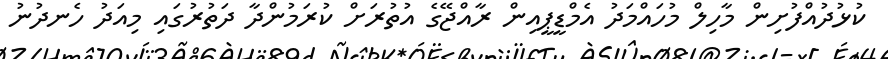
ކުޅުދުއްފުށިން މާހިލް މުހައްމަދު އެމްޑީޕީއިން ރާއްޖޭގެ އުތުރަށް ކުރަމުންދާ ދަތުރުގައި މިއަދު ހެނދުނު